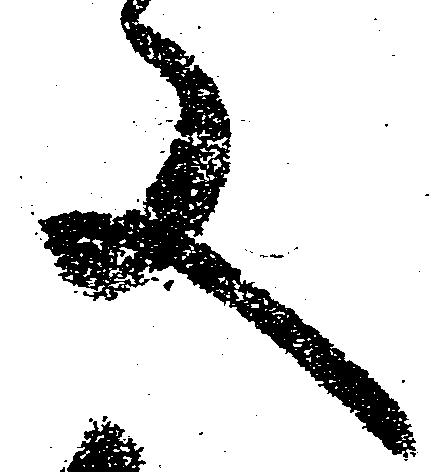
又